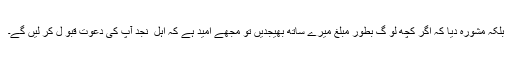
بلکہ مشورہ دیا کہ اگر کچھ لو گ بطور مبلغ میرے ساتھ بھیجدیں تو مجھے امید ہے کہ اہل ِ نجد آپ کی دعوت قبو ل کر لیں گے۔